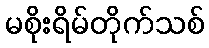
မစိုးရိမ်တိုက်သစ်